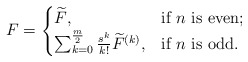
\begin{align*}F=\begin{cases}\widetilde{F},& \mbox{if $n$ is even};\\ \sum_{k=0}^{\frac{m}{2}}\frac{s^k}{k!}\widetilde{F}^{(k)},& \mbox{if $n$ is odd}. \end{cases}\end{align*}